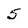
Character: 5